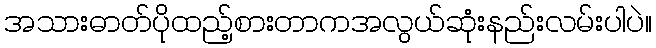
အသားဓာတ်ပိုထည့်စားတာကအလွယ်ဆုံးနည်းလမ်းပါပဲ။